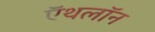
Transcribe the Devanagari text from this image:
ऍथलॉन